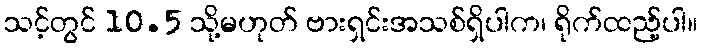
သင့်တွင် 10.5 သို့မဟုတ် ဗားရှင်းအသစ်ရှိပါက၊ ရိုက်ထည့်ပါ။